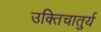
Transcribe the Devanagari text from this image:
उक्तिचातुर्य